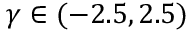
\gamma \in ( - 2 . 5 , 2 . 5 )